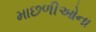
માછળીઓના